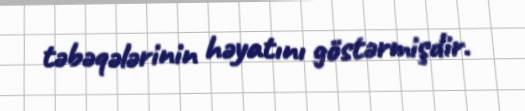
təbəqələrinin həyatını göstərmişdir.